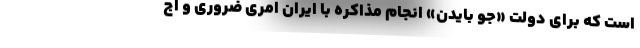
است که برای دولت «جو بایدن» انجام مذاکره با ایران امری ضروری و اج